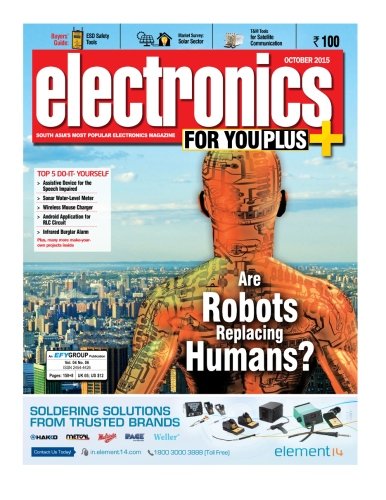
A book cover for Electronics For You, October 2015: October 2015 (Volume 47); EFY Enterprises Pvt Ltd; Computers & Technology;